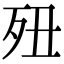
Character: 𣧊